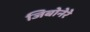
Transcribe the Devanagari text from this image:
जिबोनेरे